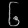
Digit: ၆